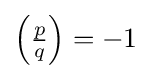
\left({\tfrac {p}{q}}\right)=-1